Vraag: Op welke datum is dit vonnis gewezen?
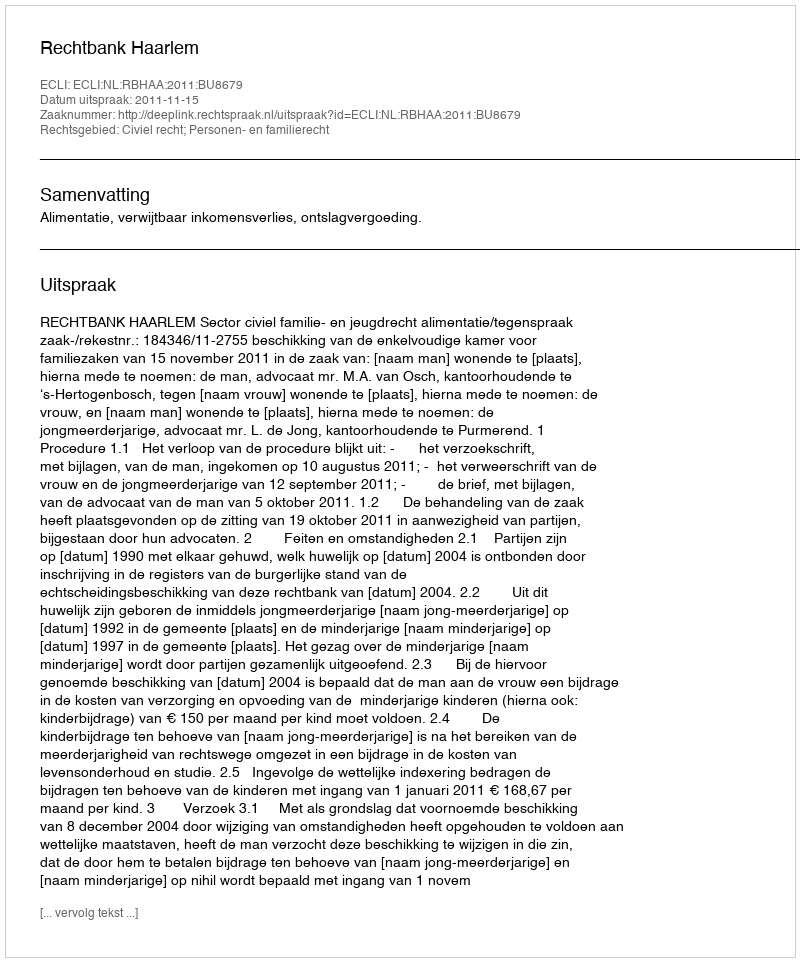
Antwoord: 2011-11-15